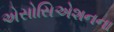
એસોસિએશનના